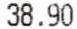
38.90